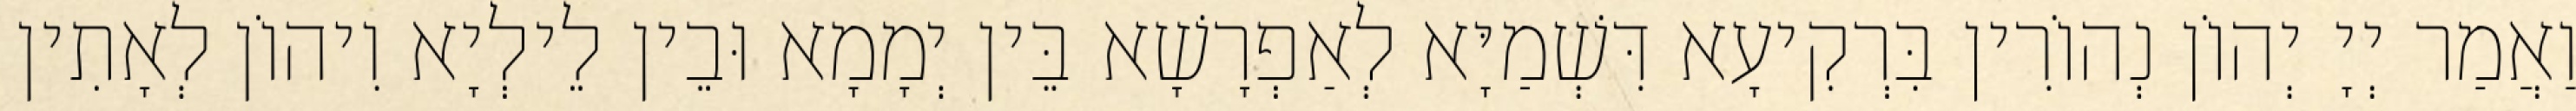
וַאֲמַר יְיָ יְהוֹן נְהוֹרִין בִּרְקִיעָא דִּשְׁמַיָּא לְאַפְרָשָׁא בֵּין יְמָמָא וּבֵין לֵילְיָא וִיהוֹן לְאָתִין